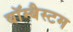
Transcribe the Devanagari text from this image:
बॉम्बैस्टम